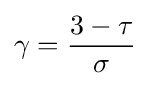
\gamma ={\frac {3-\tau }{\sigma }}\,\!